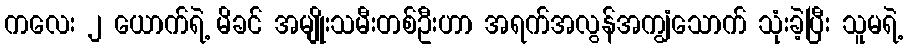
ကလေး ၂ ယောက်ရဲ့ မိခင် အမျိုးသမီးတစ်ဦးဟာ အရက်အလွန်အကျွံသောက် သုံးခဲ့ပြီး သူမရဲ့